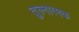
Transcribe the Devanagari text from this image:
तुल्नात्मक